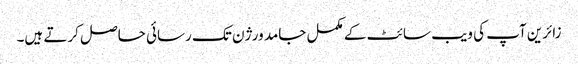
زائرین آپ کی ویب سائٹ کے مکمل جامد ورژن تک رسائی حاصل کرتے ہیں۔